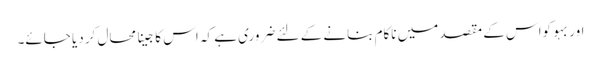
اور بہو کواس کے مقصد میں ناکام بنانے کے لئے ضروری ہے کہ اس کا جینا محال کر دیا جائے۔